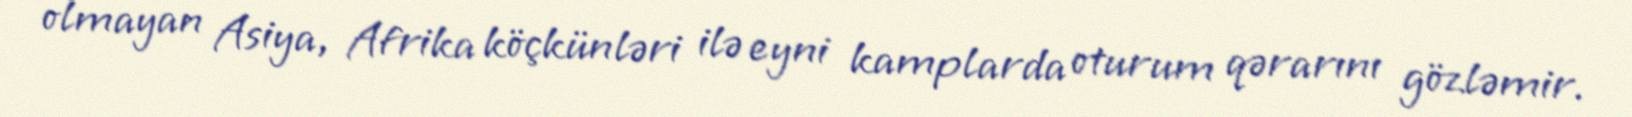
olmayan Asiya, Afrika köçkünləri ilə eyni kamplarda oturum qərarını gözləmir.